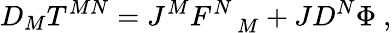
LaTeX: D_{M}T^{MN}=J^{M}F_{\quad M}^{N}+JD^{N}\Phi~,